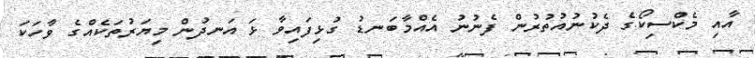
އާއި މެކްސިކޯގެ ދެކުނުއުތުރުން ފެނުނު އެއްމާބަނޑު ގުޅިފައިވާ ޅަ އަނދުން މިޔަރުތަކެއްގެ ވާހަކަ